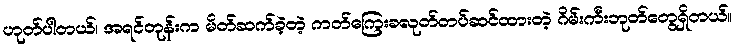
ဟုတ်ပါတယ်၊ အရင်တုန်းက မိတ်ဆက်ခဲ့တဲ့ ကတ်ကြေးခလုတ်တပ်ဆင်ထားတဲ့ ဂိမ်းကီးဘုတ်တွေရှိတယ်။